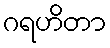
ဂရဟိတာ